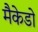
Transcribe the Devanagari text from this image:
मैकेडो